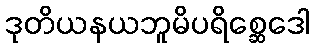
ဒုတိယနယဘူမိပရိစ္ဆေဒေါ